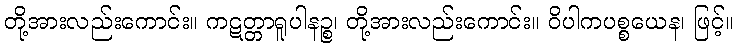
တို့အားလည်းကောင်း။ ကဋတ္တာရူပါနဉ္စ၊ တို့အားလည်းကောင်း။ ဝိပါကပစ္စယေန၊ ဖြင့်။